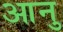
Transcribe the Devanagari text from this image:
आनु